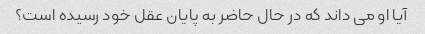
آیا او می داند که در حال حاضر به پایان عقل خود رسیده است؟